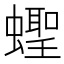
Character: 蟶